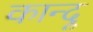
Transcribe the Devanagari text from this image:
कान्दू